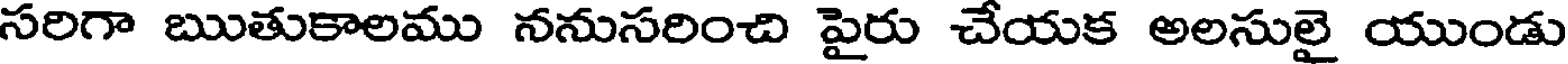
సరిగా ఋతుకాలము ననుసరించి పైరు చేయక అలసులై యుండు